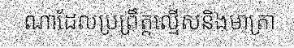
ណាដែលប្រព្រឹត្តល្មើសនិងមាត្រា